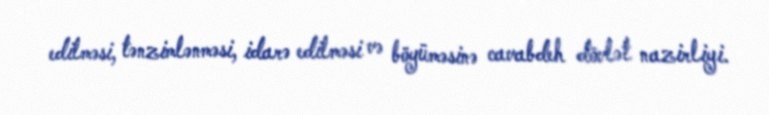
edilməsi, tənzimlənməsi, idarə edilməsi və böyüməsinə cavabdeh dövlət nazirliyi.